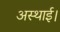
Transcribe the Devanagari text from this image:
अस्थाई।